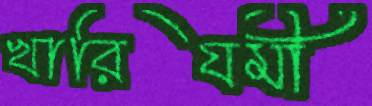
খারিযমী